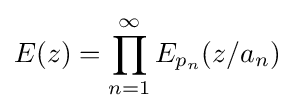
E(z)=\prod _{n=1}^{\infty }E_{p_{n}}(z/a_{n})